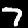
Label: 7